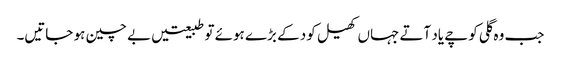
جب وہ گلی کوچے یاد آتے جہاں کھیل کود کے بڑے ہوئے تو طبیعتیں بے چین ہو جاتیں۔